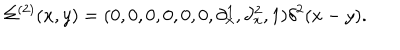
\Sigma ^ { ( 2 ) } ( x , y ) = ( 0 , 0 , 0 , 0 , 0 , 0 , \partial _ { x } ^ { 1 } , \partial _ { x } ^ { 2 } , 1 ) \delta ^ { 2 } ( x - y ) .